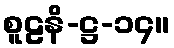
စူဠနိ-ဋ္ဌ-၁၄။